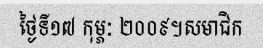
ថ្ងៃទី១៧ កុម្ភៈ ២០០៩។សមាជិក